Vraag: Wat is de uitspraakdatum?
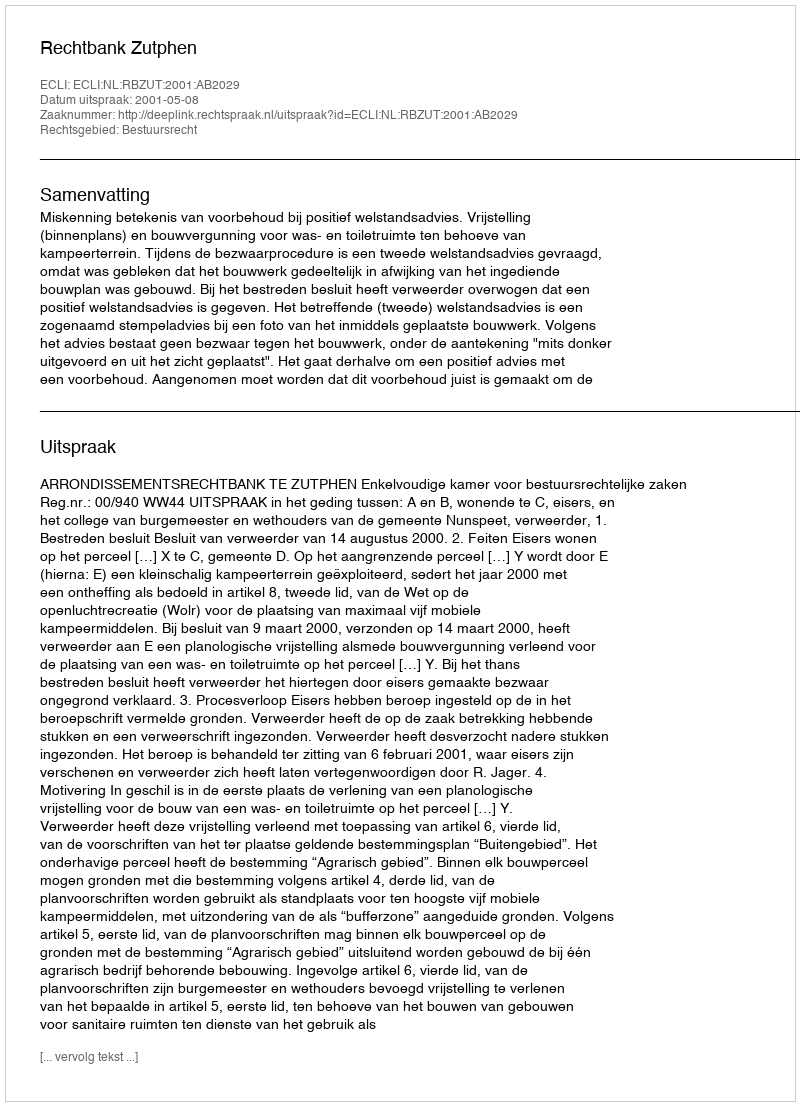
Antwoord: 2001-05-08